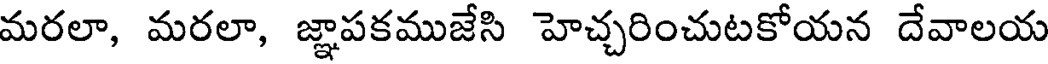
మరలా, మరలా, జ్ఞాపకముజేసి హెచ్చరించుటకోయన దేవాలయ